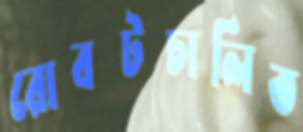
রোবটচালিত